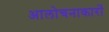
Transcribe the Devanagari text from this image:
आलोचनाकारों